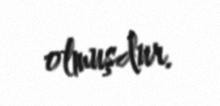
olmuşdur.